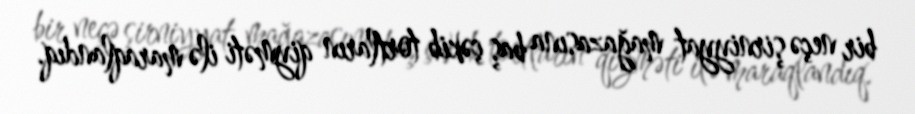
bir neçə şirniyyat mağazasına baş çəkib tortların qiyməti ilə maraqlandıq.